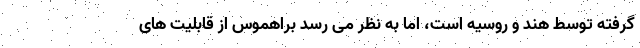
گرفته توسط هند و روسیه است، اما به نظر می رسد براهموس از قابلیت های